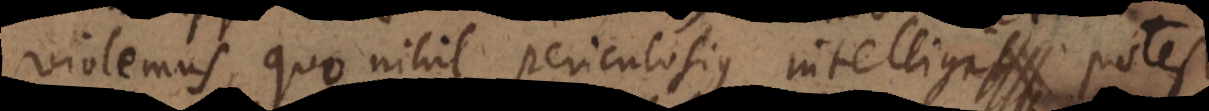
violemus, quo nihil periculosius intelligit